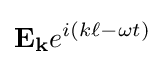
\mathbf {E_{k}} e^{i(k\ell -\omega t)}